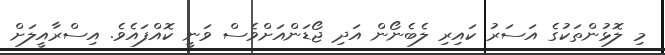
މި ލޮޅުންތަކުގެ އަސަރު ކައިރި ލެބެނޯން އަދި ޖޯޑަންއަށްވެސް ވަނީ ކޮއްފައެވެ. އިސްރާއީލަށް